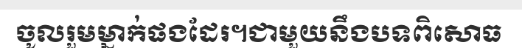
ចូលរួមម្នាក់ផងដែរ។ជាមួយនឹងបទពិសោធ